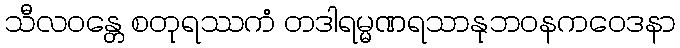
သီလဝန္တေ စတုရဿကံ တဒါရမ္မဏရသာနုဘဝနကဝေဒနာ